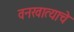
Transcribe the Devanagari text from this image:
वनखात्याचे